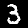
Label: 3